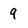
Character: 9